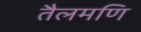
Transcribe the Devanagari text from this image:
तैलमणि